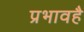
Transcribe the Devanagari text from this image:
प्रभावहै